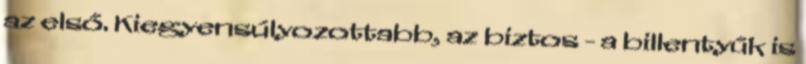
az első. Kiegyensúlyozottabb, az biztos - a billentyűk is